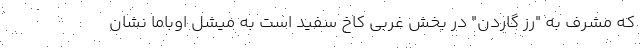
که مشرف به "رز گاردن" در بخش غربی کاخ سفید است به میشل اوباما نشان